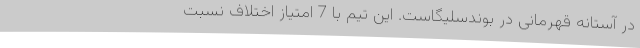
در آستانه قهرمانی در بوندسلیگاست. این تیم با 7 امتیاز اختلاف نسبت